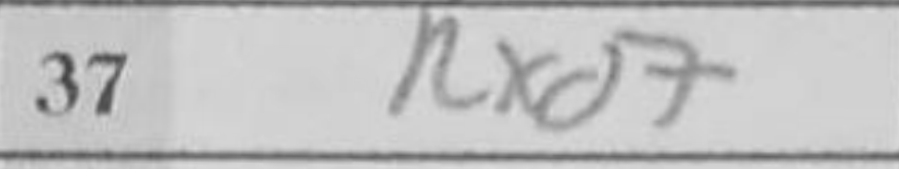
Transcription: Rxd7